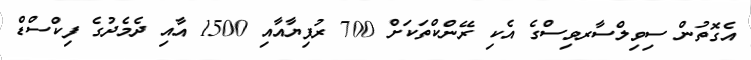
އެގޮތުން ސިވިލްސާރވިސްގެ އެކި ރޭންކްތަކަށް 700 ރުފިޔާއާއި 1500 އާއި ދެމެދުގެ ފިކްސްޑް